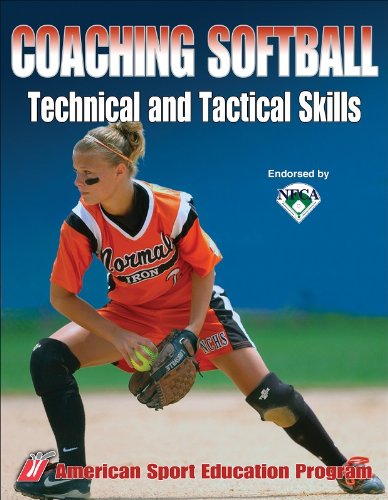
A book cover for Coaching Softball Technical & Tactical Skills; American Sport Education Program; Sports & Outdoors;